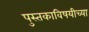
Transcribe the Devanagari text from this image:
पुस्तकाविषयीच्या